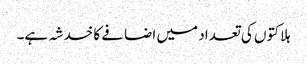
ہلاکتوں کی تعداد میں اضافے کا خدشہ ہے۔